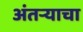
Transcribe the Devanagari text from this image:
अंतऱ्याचा